Civil Veterinary Department Bengal reports 1923-33 - 1923-1933
Year: 1923
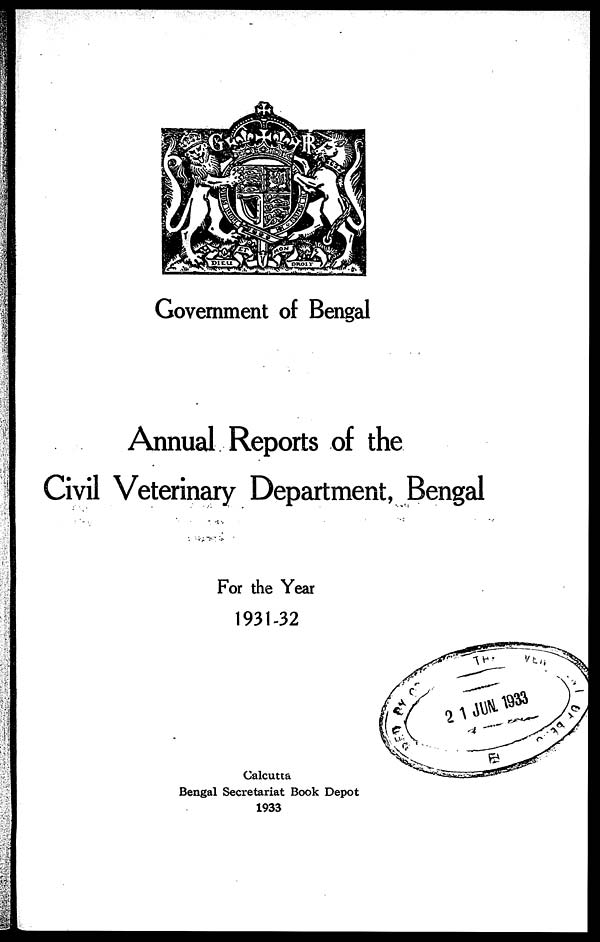
Government of Bengal
Annual Reports of the
Civil Veterinary Department, Bengal
For the Year
1931-32
Calcutta
Bengal Secretariat Book Depot
1933